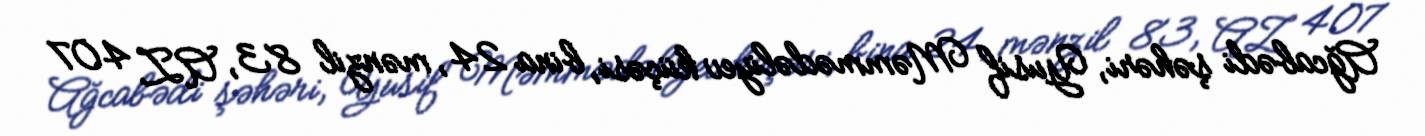
Ağcabədi şəhəri, Yusif Məmmədəliyev küçəsi, bina 24, mənzil 83, AZ 407